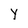
Character: Y